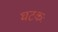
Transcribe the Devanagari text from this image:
घटकः